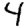
Digit: 4